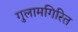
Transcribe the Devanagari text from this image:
गुलामगिरित